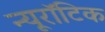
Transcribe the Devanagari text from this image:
न्यूरॉटिक